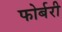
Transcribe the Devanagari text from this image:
फोर्बरी